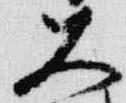
大